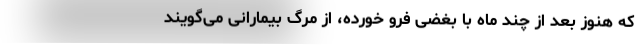
که هنوز بعد از چند ماه با بغضی فرو خورده، از مرگ بیمارانی می‌گویند